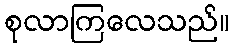
စုလာကြလေသည်။